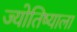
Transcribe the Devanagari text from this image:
ज्योतिष्याला